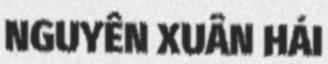
NGUYỄN XUÂN HẢI